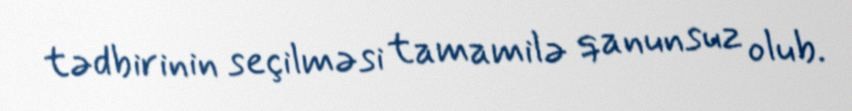
tədbirinin seçilməsi tamamilə qanunsuz olub.